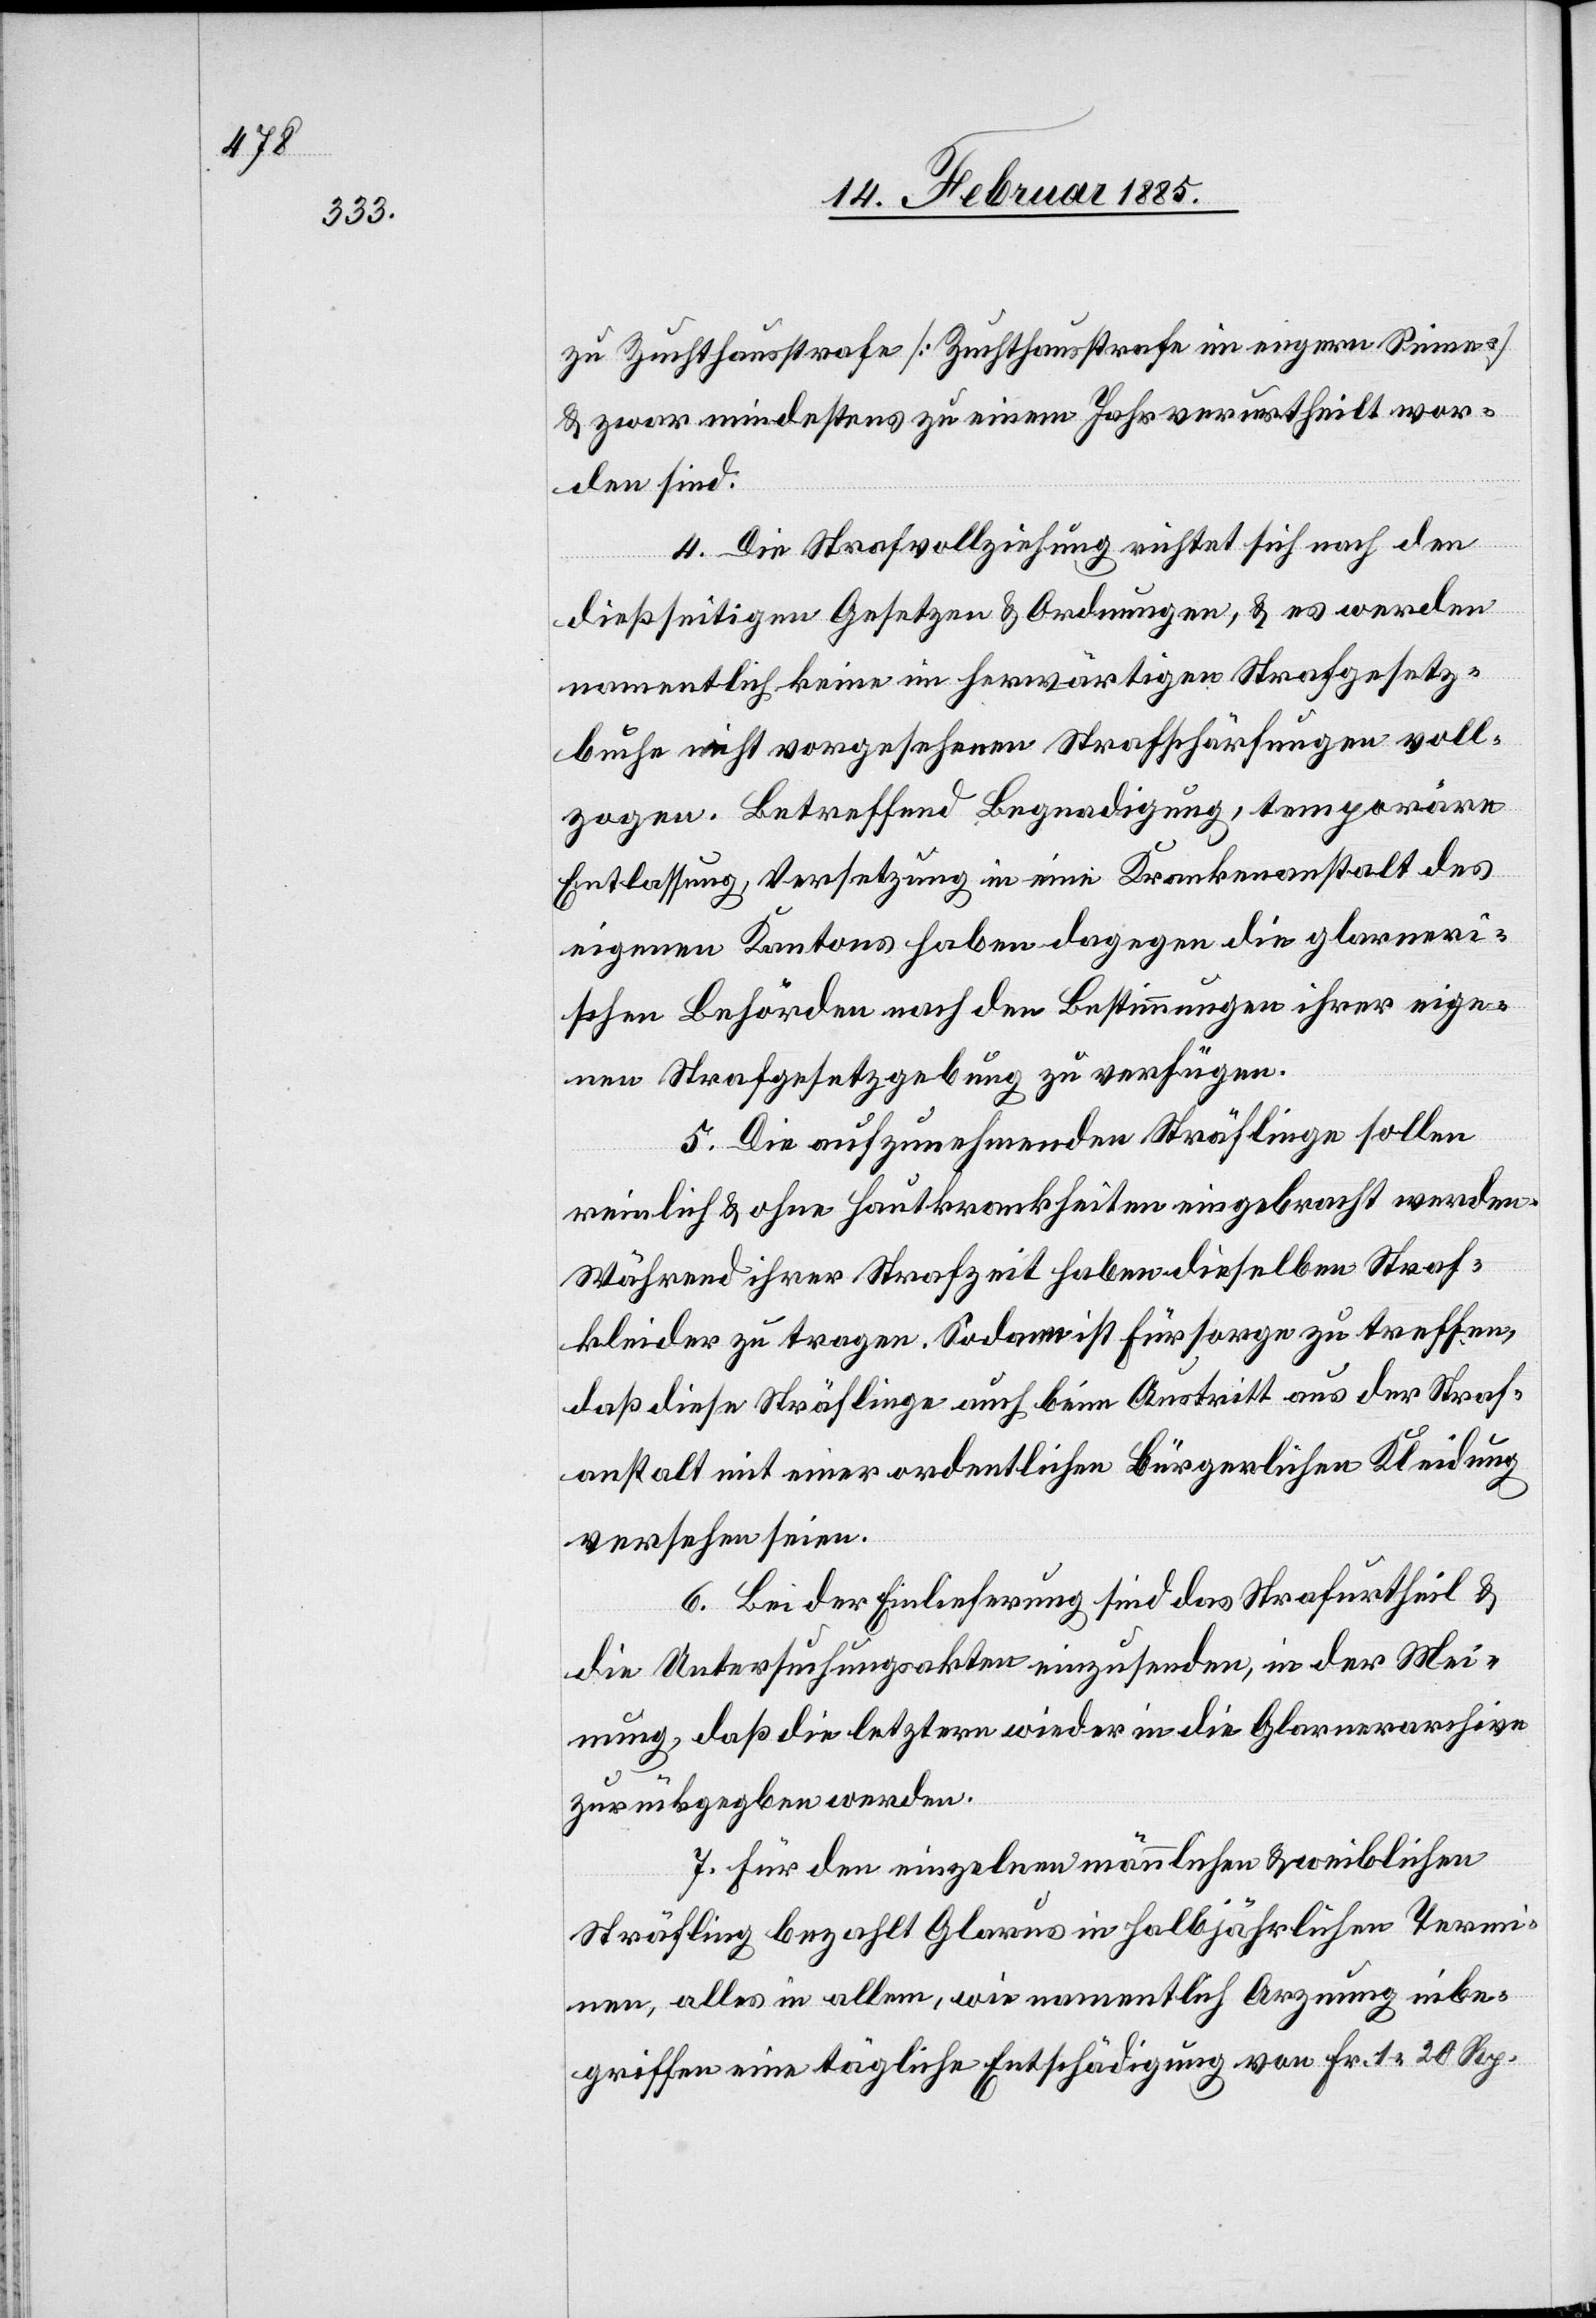
zu Zuchthausstrafe [Zuchthausstrafe im engern Sinne]
& zwar mindestens zu einem Jahr verurtheilt wor¬
den sind.
4. Die Strafvollziehung richtet sich nach den
dießseitigen Gesetzen & Ordnungen, & es werden
namentlich keine im herwärtigen Strafgesetz¬
buche nicht vorgesehenen Strafschärfungen voll¬
zogen. Betreffend Begnadigung, temporäre
Entlassung, Versetzung in eine Krankenanstalt des
eigenen Kantons haben dagegen die glarneri¬
schen Behörden nach den Bestimmungen ihrer eige¬
nen Strafgesetzgebung zu verfügen.
5. Die aufzunehmenden Sträflinge sollen
reinlich & ohne Hautkrankheiten eingebracht werden.
Während ihrer Strafzeit haben dieselben Straf¬
kleider zu tragen. Sodann ist Fürsorge zu treffen,
daß diese Sträflinge auch beim Austritt aus der Straf¬
anstalt mit einer ordentlichen bürgerlichen Kleidung
versehen seien.
6. Bei der Einlieferung sind das Strafurtheil &
die Untersuchungsakten einzusenden, in der Mei¬
nung, daß die letztere wieder in die Glarnerarchive
zurückgegeben werden.
7. Für den einzelnen männlichen & weiblichen
Sträfling bezahlt Glarus in halbjährlichen Termi¬
nen, alles in allem, wie namentlich Arznung inbe¬
griffen eine tägliche Entschädigung von Fr. 1 20 Rp.